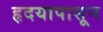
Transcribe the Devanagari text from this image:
हृदयापासून